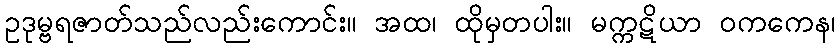
ဥဒုမ္ဗရဇာတ်သည်လည်းကောင်း။ အထ၊ ထိုမှတပါး။ မက္ကဋိယာ ဝကကေန၊